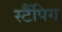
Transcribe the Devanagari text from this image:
स्टैंपिग